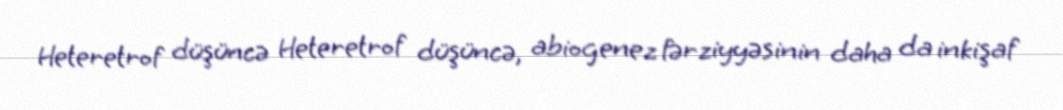
Heteretrof düşüncə Heteretrof düşüncə, abiogenez fərziyyəsinin daha da inkişaf